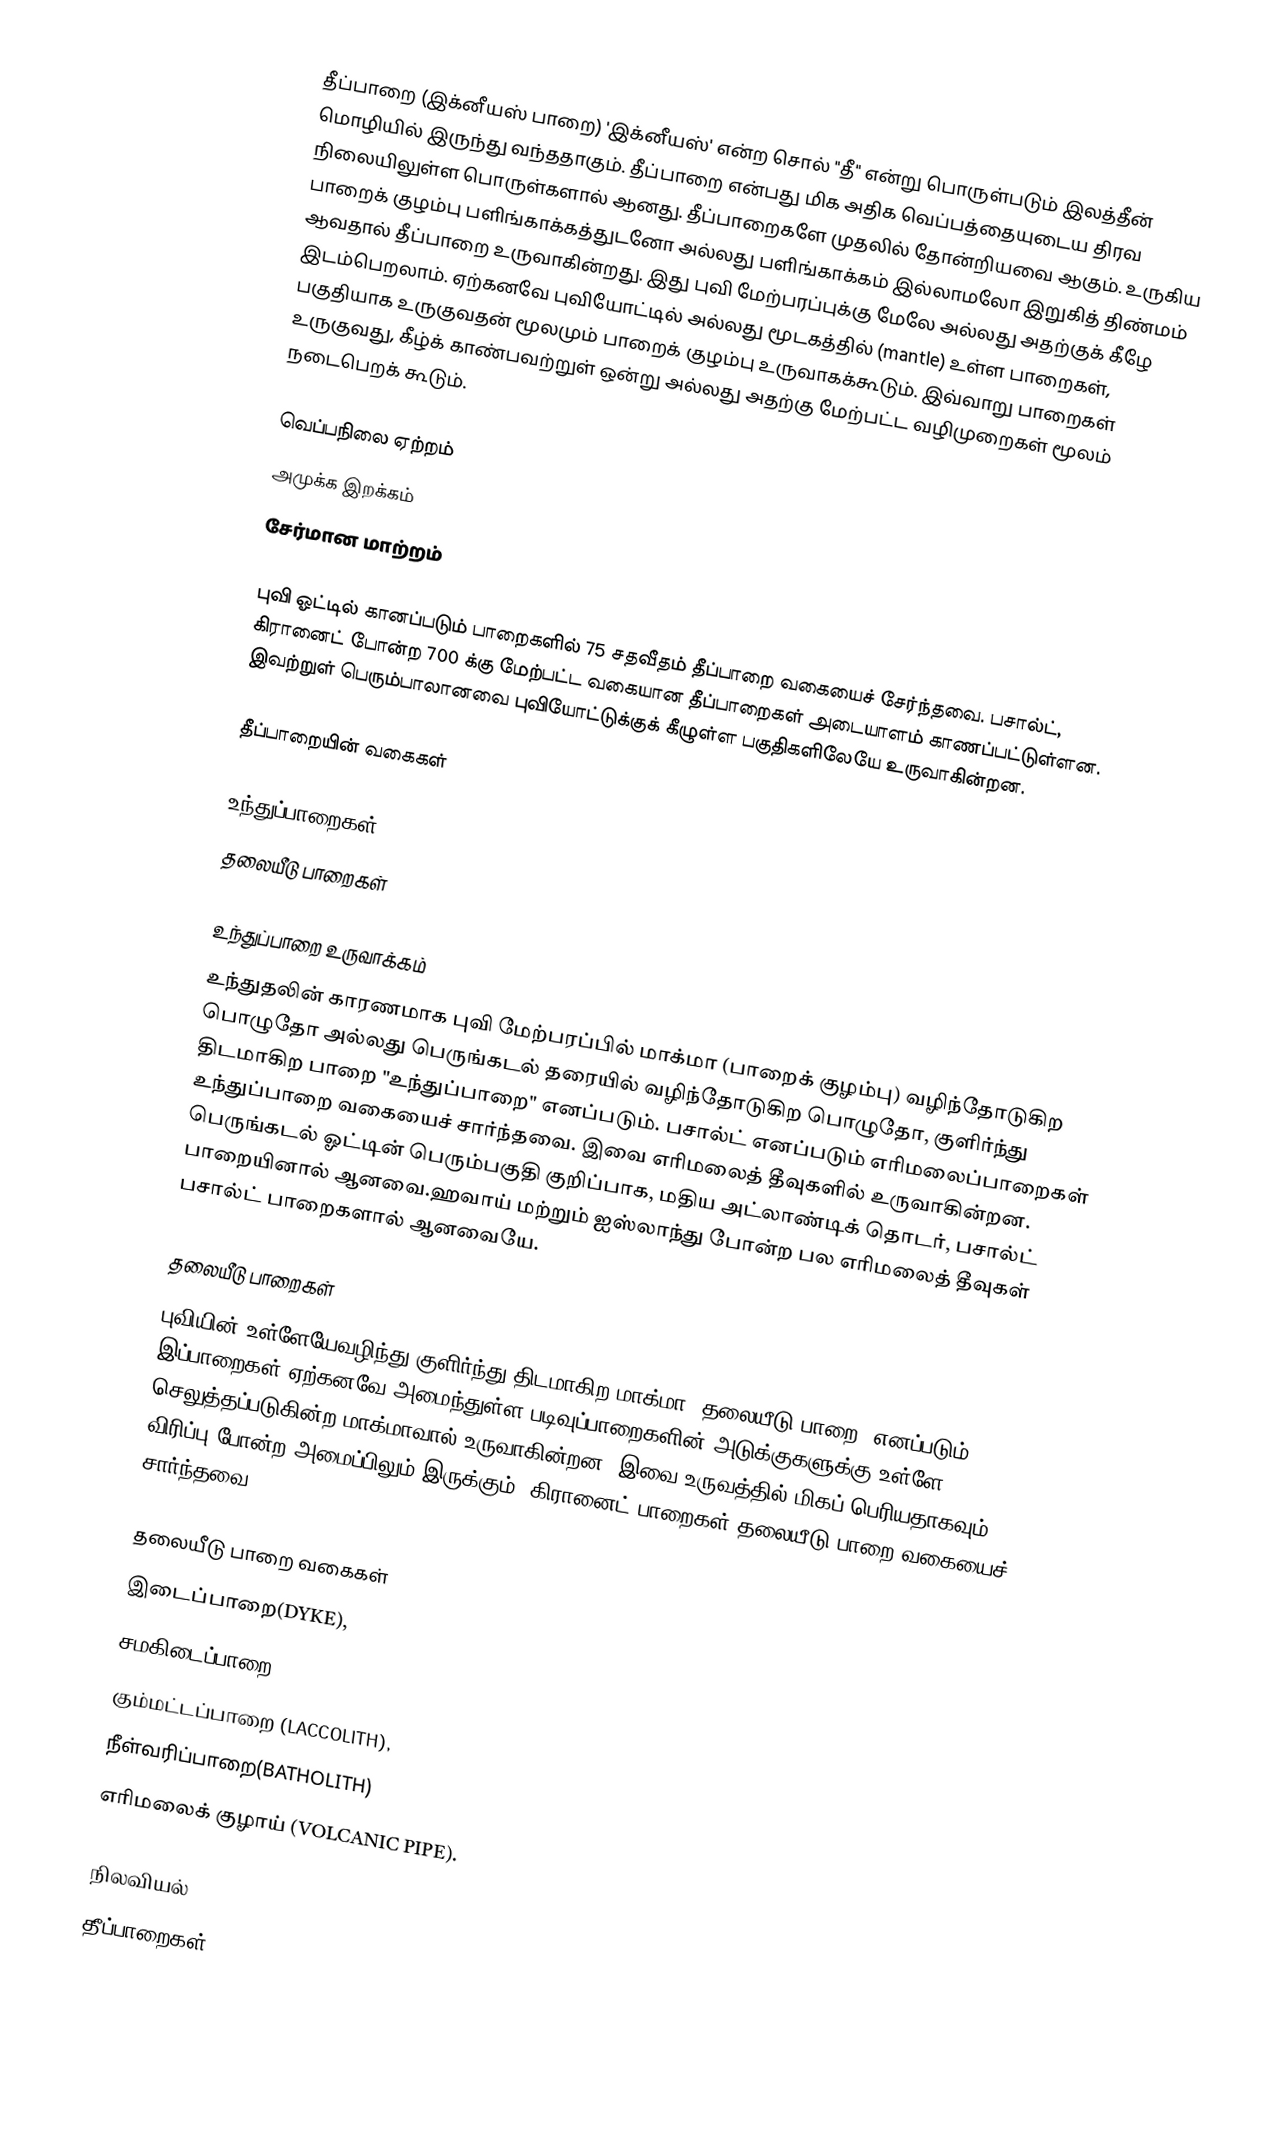
தீப்பாறை (இக்னீயஸ் பாறை) 'இக்னீயஸ்' என்ற சொல் "தீ" என்று பொருள்படும் இலத்தீன் மொழியில் இருந்து வந்ததாகும். தீப்பாறை என்பது மிக அதிக வெப்பத்தையுடைய திரவ நிலையிலுள்ள பொருள்களால் ஆனது. தீப்பாறைகளே முதலில் தோன்றியவை ஆகும். உருகிய பாறைக் குழம்பு பளிங்காக்கத்துடனோ அல்லது பளிங்காக்கம் இல்லாமலோ இறுகித் திண்மம் ஆவதால் தீப்பாறை உருவாகின்றது. இது புவி மேற்பரப்புக்கு மேலே அல்லது அதற்குக் கீழே இடம்பெறலாம். ஏற்கனவே புவியோட்டில் அல்லது மூடகத்தில் (mantle) உள்ள பாறைகள், பகுதியாக உருகுவதன் மூலமும் பாறைக் குழம்பு உருவாகக்கூடும். இவ்வாறு பாறைகள் உருகுவது, கீழ்க் காண்பவற்றுள் ஒன்று அல்லது அதற்கு மேற்பட்ட வழிமுறைகள் மூலம் நடைபெறக் கூடும்.

 வெப்பநிலை ஏற்றம்
 அமுக்க இறக்கம்
 சேர்மான மாற்றம்

 புவி ஓட்டில் கானப்படும் பாறைகளில் 75 சதவீதம் தீப்பாறை வகையைச் சேர்ந்தவை. பசால்ட், கிரானைட் போன்ற 700 க்கு மேற்பட்ட வகையான தீப்பாறைகள் அடையாளம் காணப்பட்டுள்ளன. இவற்றுள் பெரும்பாலானவை புவியோட்டுக்குக் கீழுள்ள பகுதிகளிலேயே உருவாகின்றன.

தீப்பாறையின் வகைகள்

 உந்துப்பாறைகள்
 தலையீடு பாறைகள்

உந்துப்பாறை உருவாக்கம்
உந்துதலின் காரணமாக புவி மேற்பரப்பில் மாக்மா (பாறைக் குழம்பு) வழிந்தோடுகிற பொழுதோ அல்லது பெருங்கடல் தரையில் வழிந்தோடுகிற பொழுதோ, குளிர்ந்து திடமாகிற பாறை "உந்துப்பாறை" எனப்படும். பசால்ட் எனப்படும் எரிமலைப்பாறைகள் உந்துப்பாறை வகையைச் சார்ந்தவை. இவை எரிமலைத் தீவுகளில் உருவாகின்றன. பெருங்கடல் ஓட்டின் பெரும்பகுதி குறிப்பாக, மதிய அட்லாண்டிக் தொடர், பசால்ட் பாறையினால் ஆனவை.ஹவாய் மற்றும் ஐஸ்லாந்து போன்ற பல எரிமலைத் தீவுகள் பசால்ட் பாறைகளால் ஆனவையே.

தலையீடு பாறைகள்
புவியின் உள்ளேயேவழிந்து குளிர்ந்து திடமாகிற மாக்மா "தலையீடு பாறை" எனப்படும். இப்பாறைகள் ஏற்கனவே அமைந்துள்ள படிவுப்பாறைகளின் அடுக்குகளுக்கு உள்ளே செலுத்தப்படுகின்ற மாக்மாவால் உருவாகின்றன. இவை உருவத்தில் மிகப் பெரியதாகவும் , விரிப்பு போன்ற அமைப்பிலும் இருக்கும். கிரானைட் பாறைகள் தலையீடு பாறை வகையைச் சார்ந்தவை.

தலையீடு பாறை வகைகள்
 இடைப்பாறை(DYKE),
 சமகிடைப்பாறை (SILL),
 கும்மட்டப்பாறை (LACCOLITH),
 நீள்வரிப்பாறை(BATHOLITH)
 எரிமலைக் குழாய் (VOLCANIC PIPE).

நிலவியல்
தீப்பாறைகள்